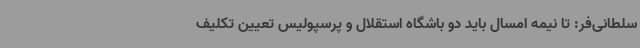
سلطانی‌فر: تا نیمه امسال باید دو باشگاه استقلال و پرسپولیس تعیین تکلیف